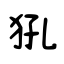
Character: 犼